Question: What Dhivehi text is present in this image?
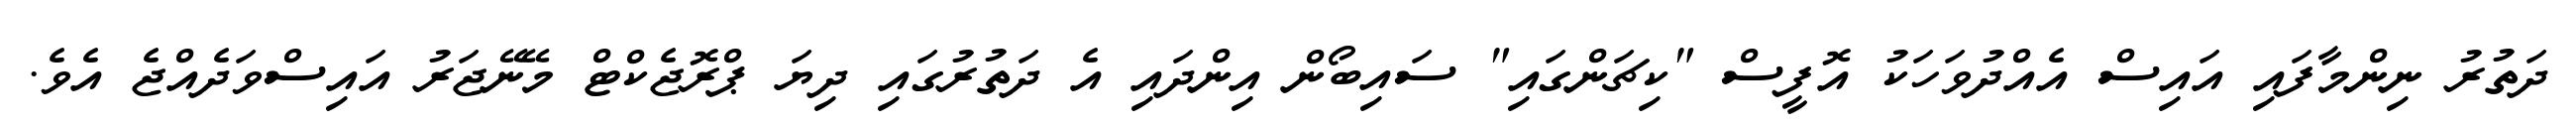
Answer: ދަތުރު ނިންމާފައި އައިސް އެއްދުވަހަކު އޮފީސް "ކިޗަންގައި" ސައިބޯން އިންދައި އެ ދަތުރުގައި ދިޔަ ޕްރޮޖެކްޓް މޭނޭޖަރު އައިސްވަދެއްޖެ އެވެ.